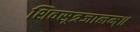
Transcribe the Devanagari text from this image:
शिवसूत्रजालम्॥